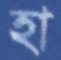
হা